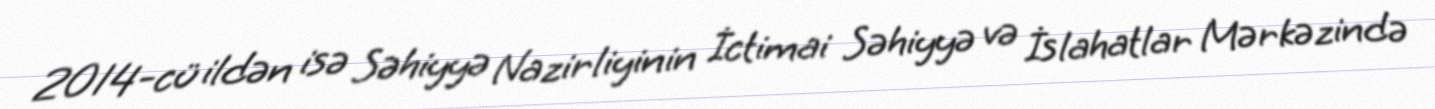
2014-cü ildən isə Səhiyyə Nazirliyinin İctimai Səhiyyə və İslahatlar Mərkəzində